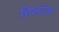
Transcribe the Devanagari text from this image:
तिलांता